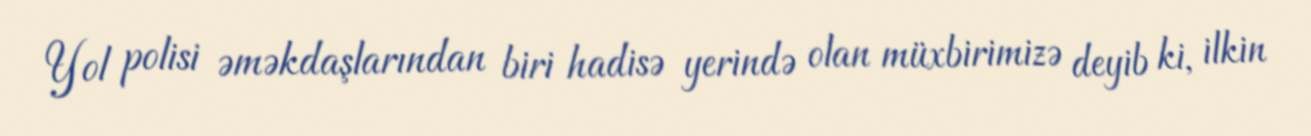
Yol polisi əməkdaşlarından biri hadisə yerində olan müxbirimizə deyib ki, ilkin